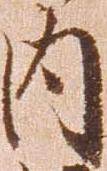
内